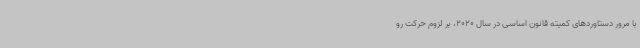
با مرور دستاوردهای کمیته قانون اساسی در سال 2020، بر لزوم حرکت رو